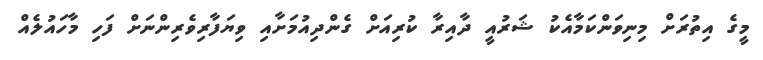
މީގެ އިތުރަށް މިނިވަންކަމާއެކު ޝަރުއީ ދާއިރާ ކުރިއަށް ގެންދިއުމަށާއި ވިޔަފާރިވެރިންނަށް ފަހި މާހައުލެއް